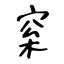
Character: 梥